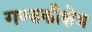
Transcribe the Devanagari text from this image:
गण्डकीक्षेत्र